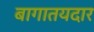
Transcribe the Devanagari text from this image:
बागातयदार